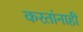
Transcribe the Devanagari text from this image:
करतांनाही